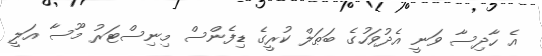
އެ ހާދިސާ ވަނީ އެދުވަހުގެ ބަޠަލް ކުރީގެ ޑިފެންސް މިނިސްޓަރު މޫސާ އަލީ